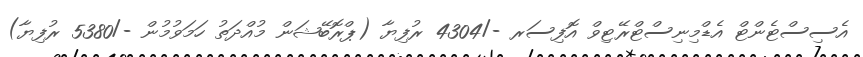
އެސިސްޓެންޓް އެޑްމިނިސްޓްރޭޓިވް އޮފިސަރ -/4304 ރުފިޔާ (ޕްރޮބޭޝަން މުއްދަތު ހަމަވުމުން -/5380 ރުފިޔާ)